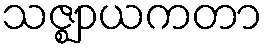
သဇ္ဈာယကတာ